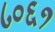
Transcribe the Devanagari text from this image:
८०६१